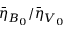
{ \bar { \eta } _ { B _ { 0 } } } / { \bar { \eta } _ { V _ { 0 } } }